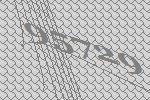
95729